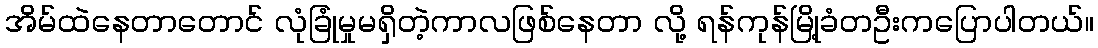
အိမ်ထဲနေတာတောင် လုံခြုံမှုမရှိတဲ့ကာလဖြစ်နေတာ လို့ ရန်ကုန်မြို့ခံတဦးကပြောပါတယ်။